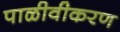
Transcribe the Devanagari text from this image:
पाळीवीकरण